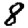
Digit: 8